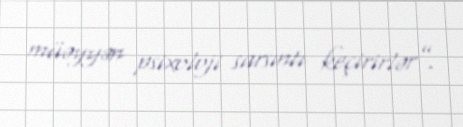
müəyyən psixoloji sarsıntı keçirirlər”.